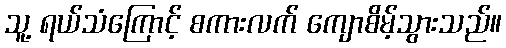
သူ့ ရယ်သံကြောင့် စကားလက် ကျောစိမ့်သွားသည်။